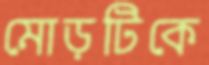
মোড়টিকে